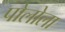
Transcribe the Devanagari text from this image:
पोलोला